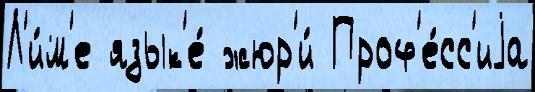
Л'и́м'е язык'е́ жюр'и́ Проф'е́сс'иjа